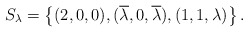
\begin{align*} S_\lambda = \left\{ (2, 0, 0), (\overline{\lambda}, 0, \overline{\lambda}), (1,1,\lambda) \right\}.\end{align*}